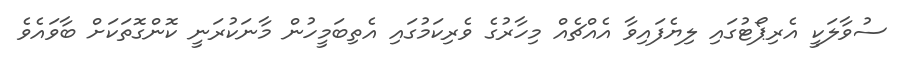
ސުވާލަކީ އެރިޕޯޓުގައި ލިޔެފައިވާ އެއްޗެއް މިހާރުގެ ވެރިކަމުގައި އެތިބަމީހުން މާނަކުރަނީ ކޮންގޮތަކަށް ބާވައެވެ